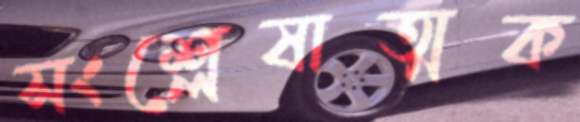
সংশ্লেষাত্মক